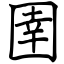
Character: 圉